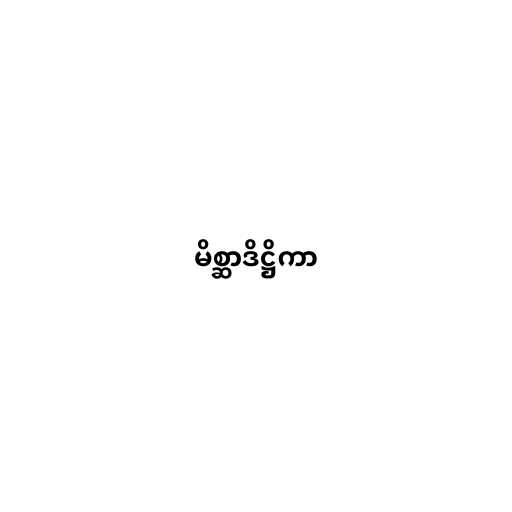
မိစ္ဆာဒိဋ္ဌိကာ